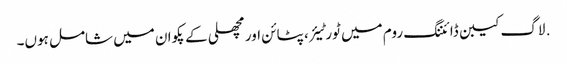
. لاگ کیبن ڈائننگ روم میں ٹورٹیئر ، پٹائن اور مچھلی کے پکوان میں شامل ہوں۔